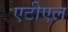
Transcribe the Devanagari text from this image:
एटीएल